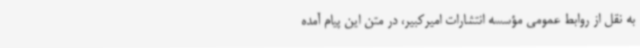
به نقل از روابط عمومی مؤسسه انتشارات امیرکبیر، در متن این پیام آمده